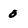
Character: 0